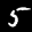
Label: 5